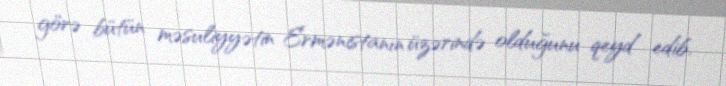
görə bütün məsuliyyətin Ermənistanın üzərində olduğunu qeyd edib.